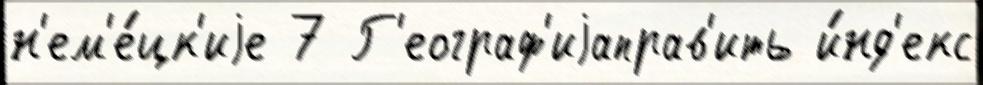
н'ем'е́цк'иjе 7 Г'еограф'иjаправ'ить и́нд'екс